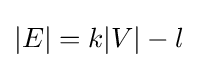
|E|=k|V|-l